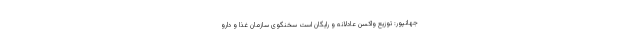
جهانپور: توزیع واکسن عادلانه و رایگان است سخنگوی سازمان غذا و دارو